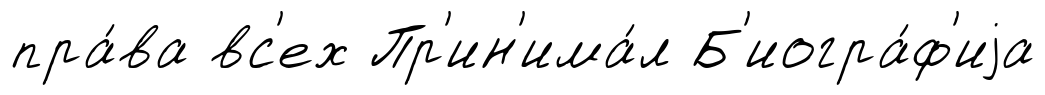
пра́ва вс'ех Пр'ин'има́л Б'иогра́ф'иjа